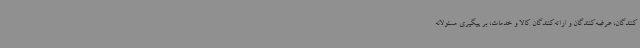
کنندگان، عرضه‌کنندگان و ارائه‌کنندگان کالا و خدمات، بر پیگیری مسئولانه